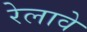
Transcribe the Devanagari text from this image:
रेलावे